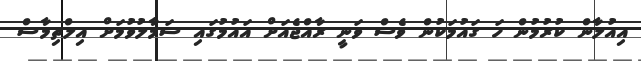
އިއުލާން ކުރުމުން ހަ ގައުމަކުން ވެސް ވަނީ ރާއްޖެއަށް އައުމުގައި ސަމާލުވުމަށް އިލްތިމާސް